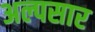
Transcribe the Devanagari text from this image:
अल्पसार